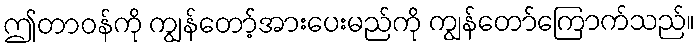
ဤတာဝန်ကို ကျွန်တော့်အားပေးမည်ကို ကျွန်တော်ကြောက်သည်။